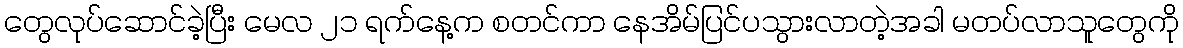
တွေလုပ်ဆောင်ခဲ့ပြီး မေလ ၂၁ ရက်နေ့က စတင်ကာ နေအိမ်ပြင်ပသွားလာတဲ့အခါ မတပ်လာသူတွေကို